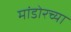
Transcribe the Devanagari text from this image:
मांडोरच्या